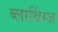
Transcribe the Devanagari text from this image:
ब्लाथिंग्ज